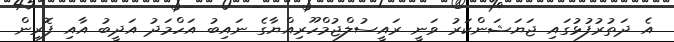
އެ ދަތުރުފުޅުގައި ޖަޔަޝަންކަރު ވަނީ ރައީސުލްޖުމްހޫރިއްޔާގެ ނައިބު އަހްމަދު އަދީބު އާއި ފޮރިން